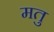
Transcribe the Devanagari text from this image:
मतु